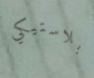
بلاستيكي